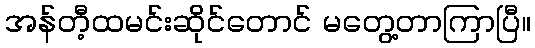
အန်တီ့ထမင်းဆိုင်တောင် မတွေ့တာကြာပြီ။